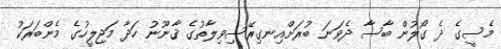
މެސީގެ ދެ ގޯލުން ބާސާ ދެވަނަ ބުރަށްއިނގިރޭސިވިލާތުގެ ޤާނޫނު ހަދާ މަޖިލީހުގެ މެންބަރަކު